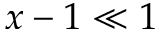
x - 1 \ll 1